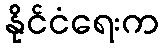
နိုင်ငံရေးက